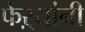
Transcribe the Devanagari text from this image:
फेऱ्यांनी